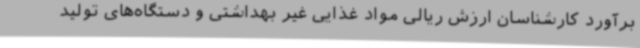
برآورد کارشناسان ارزش ریالی مواد غذایی غیر بهداشتی و دستگاه‌های تولید